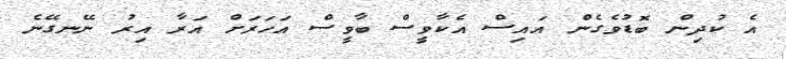
އެ ކުދިން ބޮޑުވެގެން އައިސް އެކާވީސް ބާވީސް އަހަރަށް އަރާ އިރު ނޭނގޭނެ